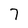
Character: 7